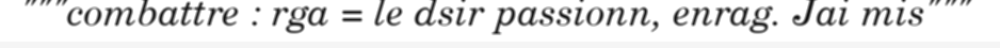
"""combattre : rga = le dsir passionn, enrag. Jai mis"""